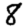
Digit: 8